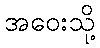
အဝေးသို့